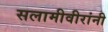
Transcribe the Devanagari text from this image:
सलामीवीरांनी